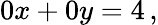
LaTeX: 0x+0y=4\, ,